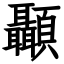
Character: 顳